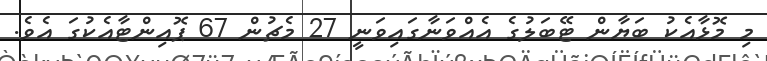
މި މޮޅާއެކު ބަޔާން ޓޭބަލުގެ އެއްވަނާގައިވަނީ 27 މެޗުން 67 ޕޮއިންޓާއެކުގަ އެވެ.